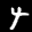
Label: 4